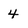
Character: 4